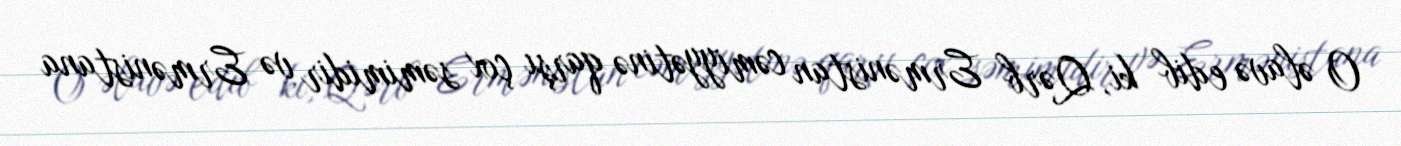
O əlavə edib ki, Qərb Ermənistan cəmiyyətinə qarşı çox səmimidir və Ermənistana